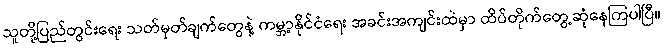
သူတို့ပြည်တွင်းရေး သတ်မှတ်ချက်တွေနဲ့ ကမ္ဘာ့နိုင်ငံရေး အခင်းအကျင်းထဲမှာ ထိပ်တိုက်တွေ့ဆုံနေကြပါပြီ။